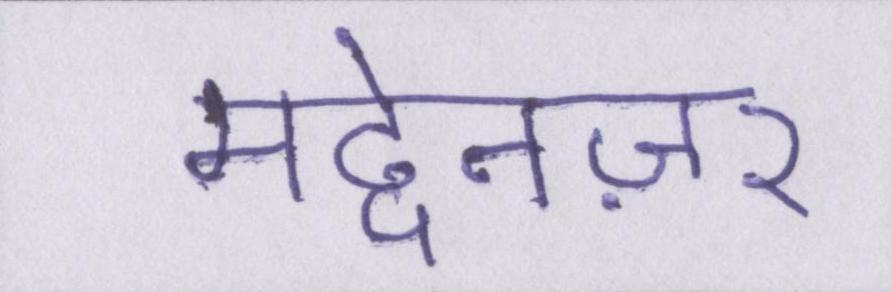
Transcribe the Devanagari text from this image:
मद्देनज़र